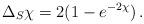
LaTeX: \begin{align*}\Delta_S\chi=2(1-e^{-2\chi})\,. \end{align*}